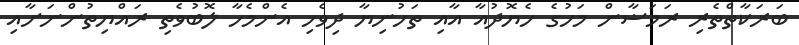
ބަރަކާތްތެރި ރަމަޟާން މަހުގެ ހެޔޮދުއާ އާއި ތަހުނިޔާ ދިވެހި އެންމެހާ ލޮބުވެތި ރައްޔިތުންނަށާއި